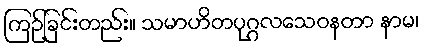
ကြဉ်ခြင်းတည်း။ သမာဟိတပုဂ္ဂလသေဝနတာ နာမ၊